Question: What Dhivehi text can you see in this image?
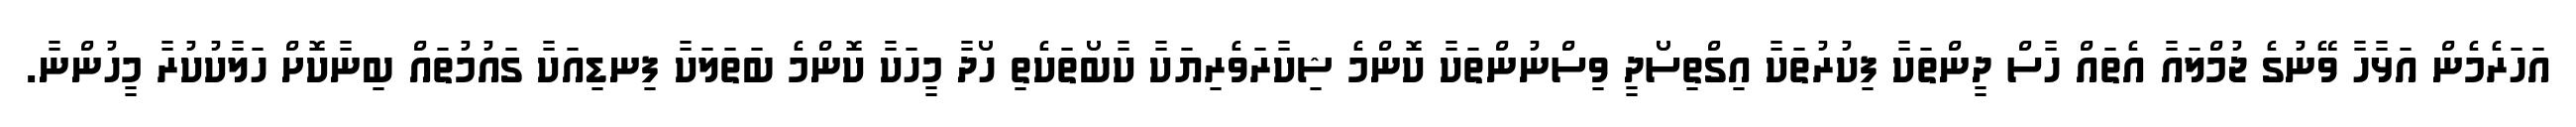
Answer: އަހަރެމެން އަޅާހާ ވޭނުގެ ޖުމްލައާ އެތައް ހާސް ދީންތަކާ ފިކުރުތަކާ އިގްތިސޯދީ ވިސްނުންތަކާ ކޮންމެ ޝިކާރަވެރިޔަކާ ކާބޯތަކެތި ހޯދާ މީހަކާ ކޮންމެ ބަތަލަކާ ފިނޑިއަކާ ގައުމުތައް ބިނާކޮށް ހަލާކުކުރާ މީހުންނާ.